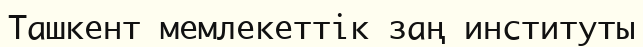
Ташкент мемлекеттік заң институты